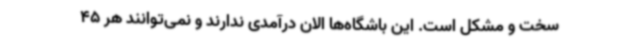
سخت و مشکل است. این باشگاه‌ها الان درآمدی ندارند و نمی‌توانند هر 45